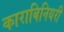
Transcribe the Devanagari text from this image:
काराबिनियरी